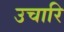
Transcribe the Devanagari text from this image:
उचारि